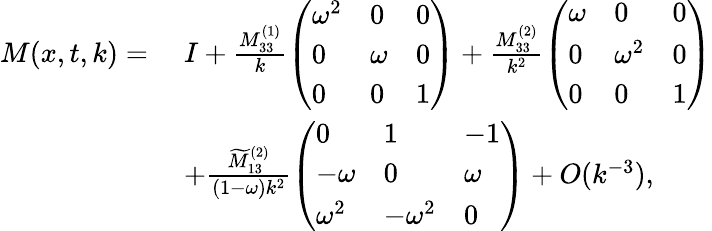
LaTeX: \begin{array}{rl}{M(x,t,k)=}&{\; I+\frac{M_{33}^{(1)}}{k}\left(\begin{array}{lll}{\omega^{2}}&{0}&{0}\\ {0}&{\omega}&{0}\\ {0}&{0}&{1}\end{array}\right)+\frac{M_{33}^{(2)}}{k^{2}}\left(\begin{array}{lll}{\omega}&{0}&{0}\\ {0}&{\omega^{2}}&{0}\\ {0}&{0}&{1}\end{array}\right)}\\ &{\; +\frac{\widetilde{M}_{13}^{(2)}}{(1-\omega)k^{2}}\left(\begin{array}{lll}{0}&{1}&{-1}\\ {-\omega}&{0}&{\omega}\\ {\omega^{2}}&{-\omega^{2}}&{0}\end{array}\right)+O(k^{-3}),}\end{array}